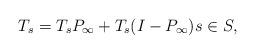
LaTeX: \begin{align*}T_s = T_s P_\infty + T_s (I - P_\infty) s \in S,\end{align*}